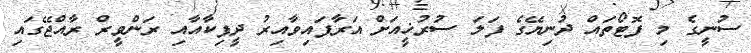
ސުނީގެ މި ފޮޓޯތައް ދުނިޔޭގެ ފަލަ ސުރުޚީއަށް އަރާފައިވާއިރު ދީޕިކާއާއި ރަންވީރް ރާއްޖޭގައި